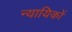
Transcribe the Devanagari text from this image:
न्यायिकों